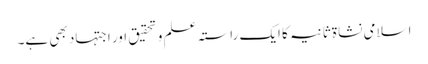
اسلامی نشاۃ ثانیہ کا ایک راستہ علم و تحقیق اور اجتہاد بھی ہے۔